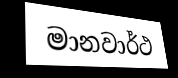
මානවාර්ථ